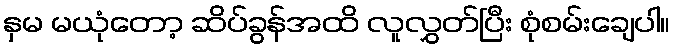
နှမ မယုံတော့ ဆိပ်ခွန်အထိ လူလွှတ်ပြီး စုံစမ်းချေပါ။